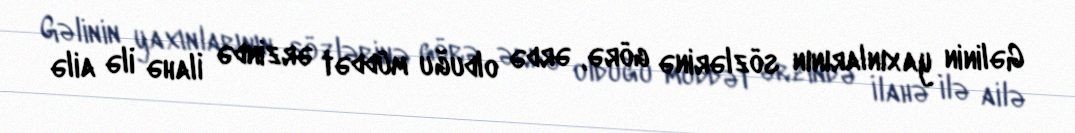
Gəlinin yaxınlarının sözlərinə görə, ərdə olduğu müddət ərzində İlahə ilə ailə